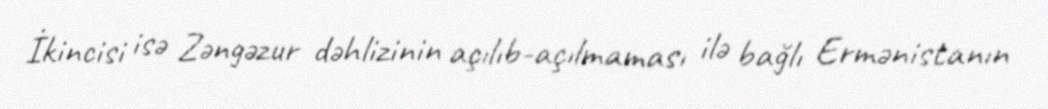
İkincisi isə Zəngəzur dəhlizinin açılıb-açılmaması ilə bağlı Ermənistanın